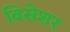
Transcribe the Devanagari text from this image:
विसेशर